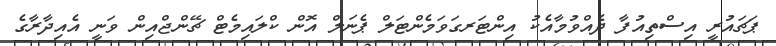
ޕަޗައުރީ އިސްތިއުފާ ދެއްވުމާއެކު އިންޓަރގަވަމެންޓަލް ޕެނަލް އޮން ކްލައިމެޓް ޗޭންޖްއިން ވަނީ އެއިދާރާގެ